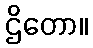
ဌိတော။